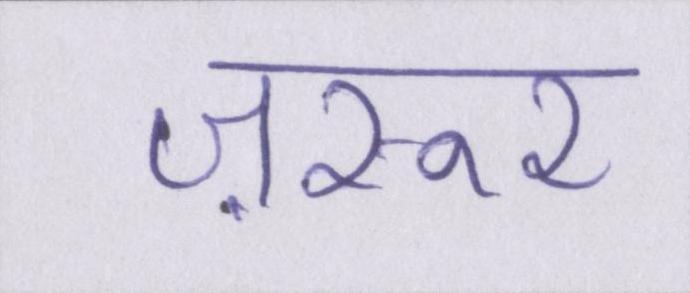
ज़रूर